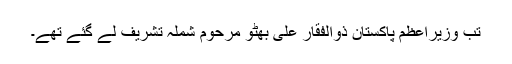
تب وزیراعظم پاکستان ذوالفقار علی بھٹو مرحوم شملہ تشریف لے گئے تھے۔